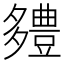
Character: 𮙗